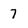
Character: 7